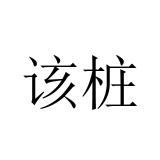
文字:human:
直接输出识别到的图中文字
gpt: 该桩